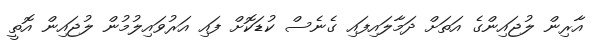
އާރިން ލުޖައިންގެ އަތަށް ދަމާލައިފައި ގެނެސް ކުޑަކޮށް ފައި އަރުވައިލުމުން ލުޖައިން އޮތީ